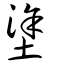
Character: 塗